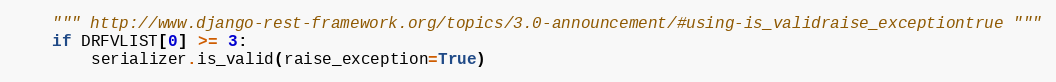
Language: Python
    """ http://www.django-rest-framework.org/topics/3.0-announcement/#using-is_validraise_exceptiontrue """
    if DRFVLIST[0] >= 3:
        serializer.is_valid(raise_exception=True)